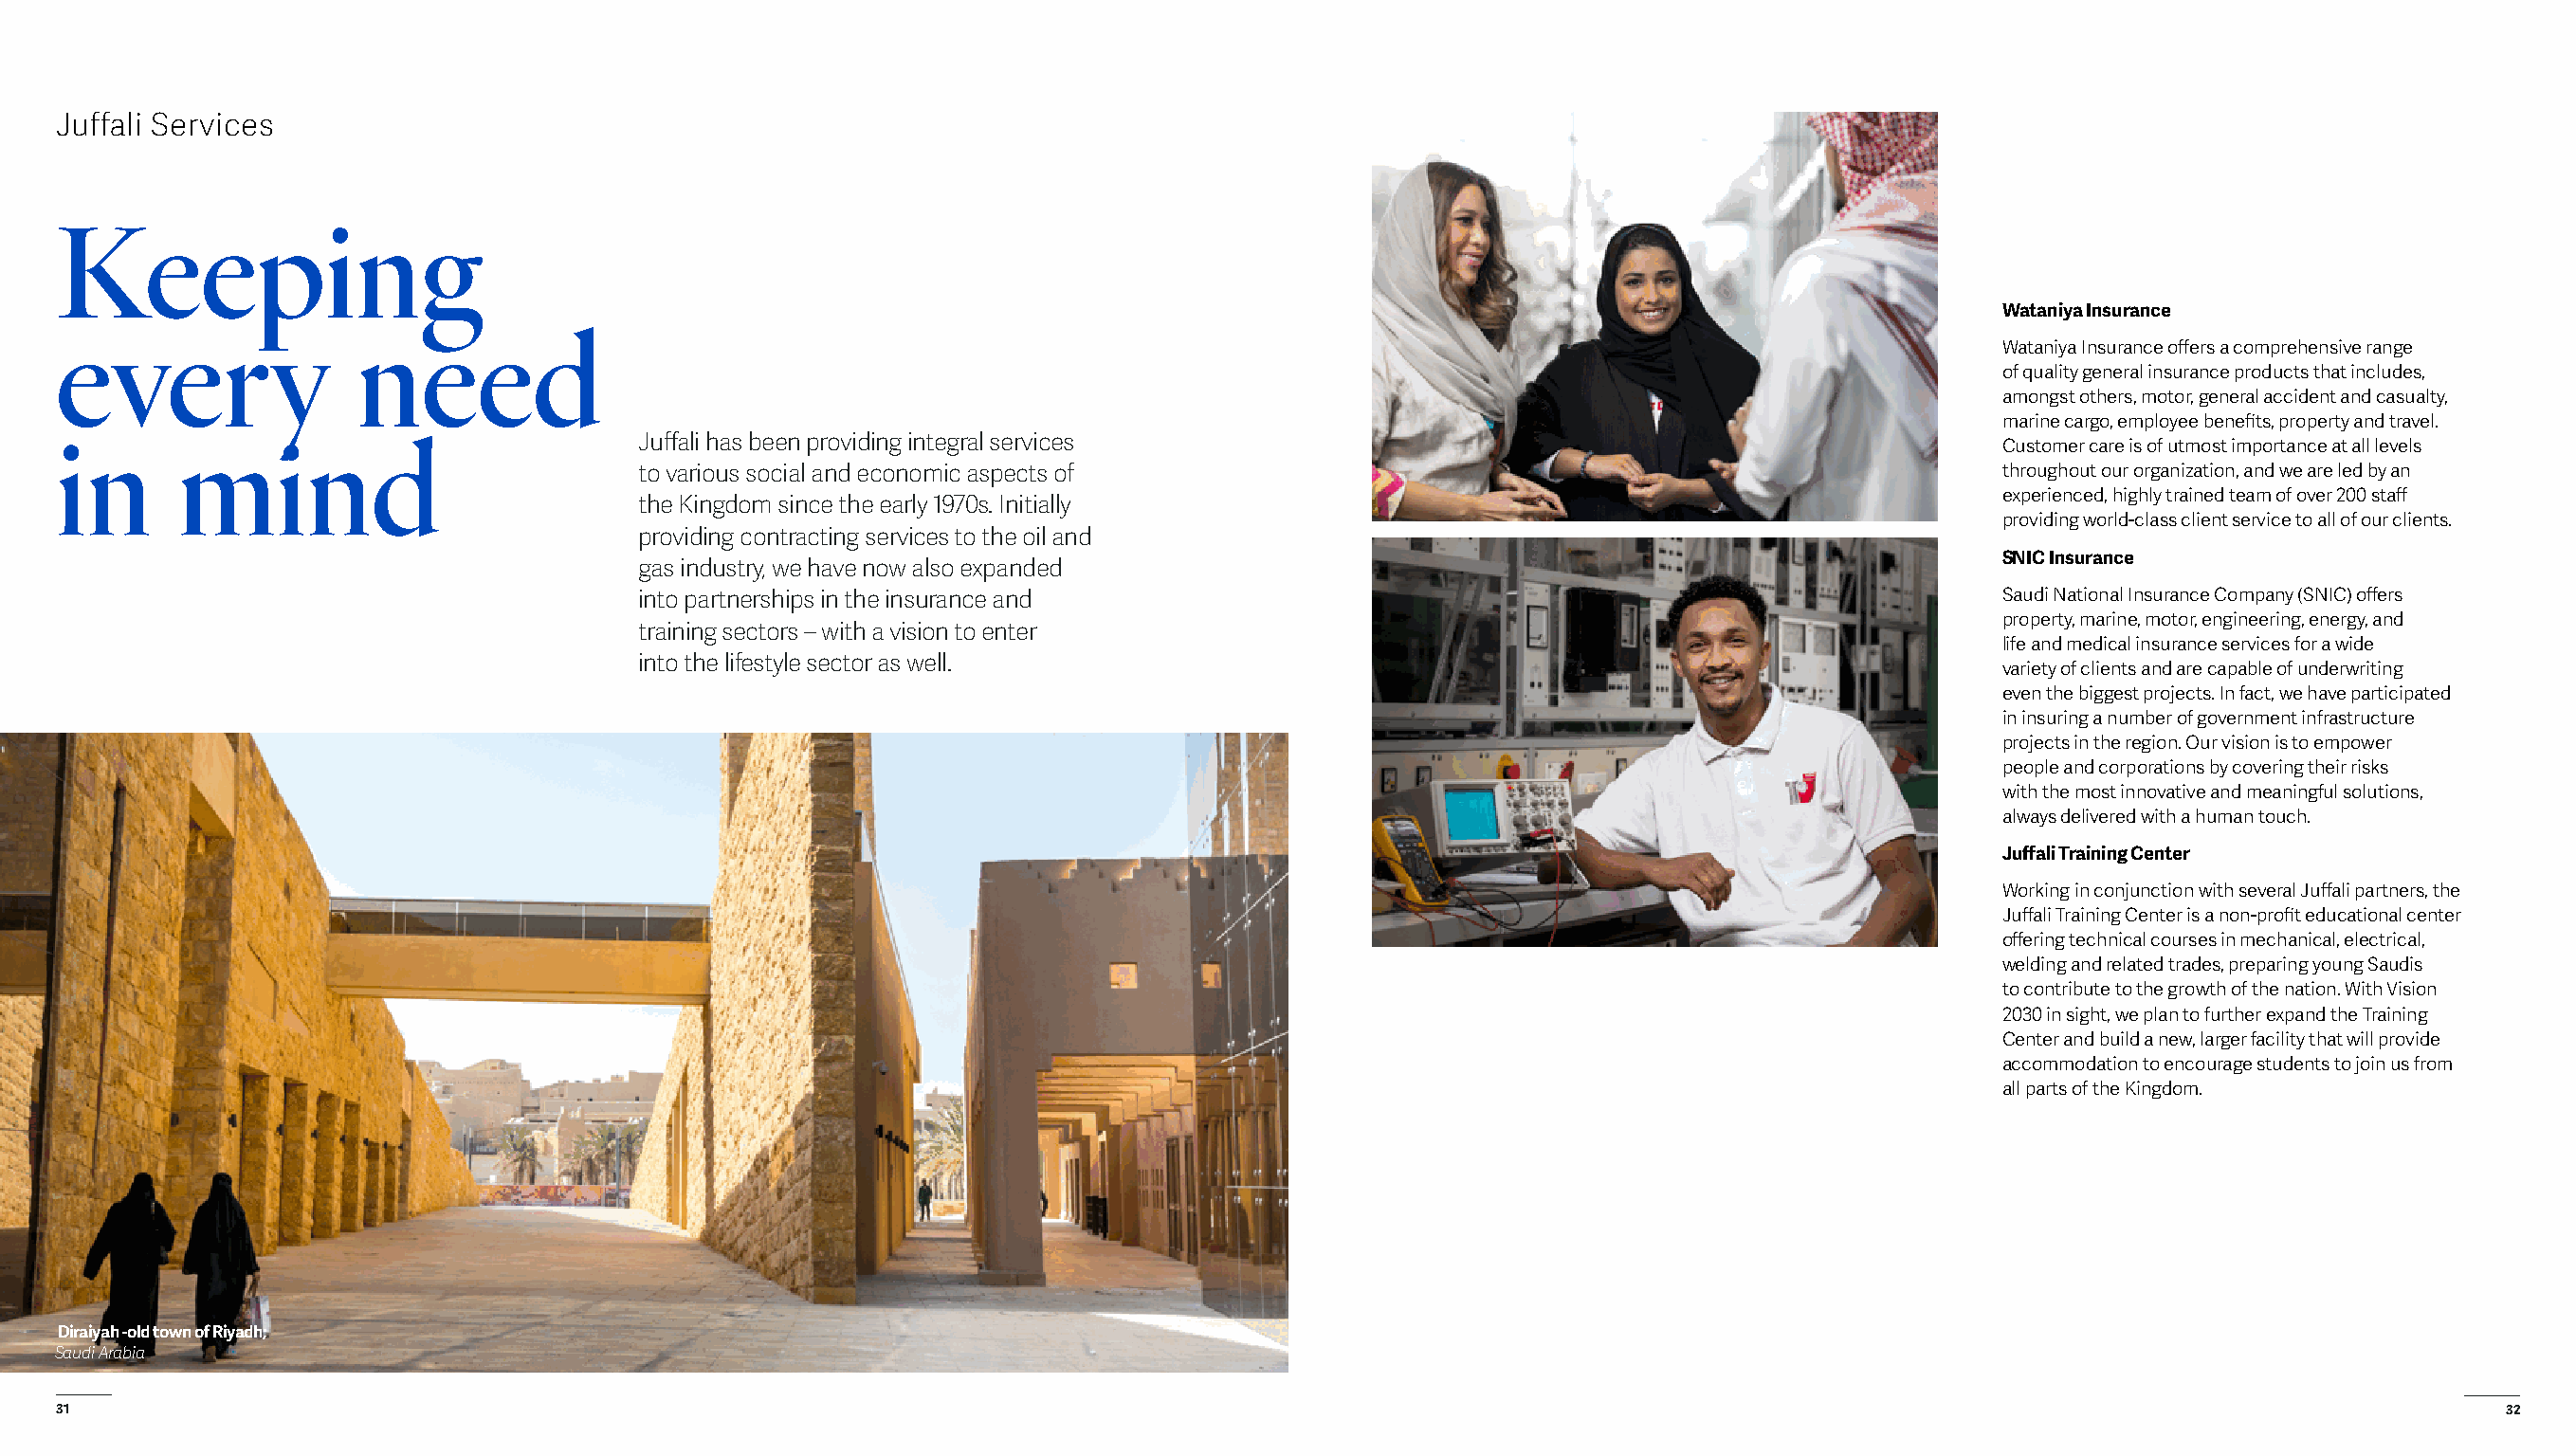
Juffali Services
 Keeping
 Wataniya Insurance
 every                need
 Wataniya Insurance offers a comprehensive range
 of quality general insurance products that includes,
 amongst others, motor, general accident and casualty,
 marine cargo, employee benefits, property and travel.
 Juffali has been providing integral services
 in      mind                                                                                                                            Customer care is of utmost importance at all levels
 to various social and economic aspects of                                                      throughout our organization, and we are led by an
 experienced, highly trained team of over 200 staff
 the Kingdom since the early 1970s. Initially
 providing world-class client service to all of our clients.
 providing contracting services to the oil and
 SNIC Insurance
 gas industry, we have now also expanded
 into partnerships in the insurance and                                                         Saudi National Insurance Company (SNIC) offers
 property, marine, motor, engineering, energy, and
 training sectors – with a vision to enter
 life and medical insurance services for a wide
 into the lifestyle sector as well.
 variety of clients and are capable of underwriting
 even the biggest projects. In fact, we have participated
 in insuring a number of government infrastructure
 projects in the region. Our vision is to empower
 people and corporations by covering their risks
 with the most innovative and meaningful solutions,
 always delivered with a human touch.
 Juffali Training Center
 Working in conjunction with several Juffali partners, the
 Juffali Training Center is a non-profit educational center
 offering technical courses in mechanical, electrical,
 welding and related trades, preparing young Saudis
 to contribute to the growth of the nation. With Vision
 2030 in sight, we plan to further expand the Training
 Center and build a new, larger facility that will provide
 accommodation to encourage students to join us from
 all parts of the Kingdom.
 Diraiyah -old town of Riyadh;
 Saudi Arabia
 31                                                                                                                                                                         32